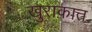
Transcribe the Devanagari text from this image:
खुराकात